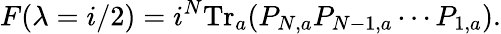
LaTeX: F(\lambda=i/2)=i^{N}\mathrm{Tr}_{a}(P_{N,a}P_{N-1,a}\cdots P_{1,a}).